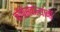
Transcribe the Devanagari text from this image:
काँग्रेसवाल्यांनी